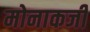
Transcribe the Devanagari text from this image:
मोनाकजी